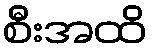
စီးအထိ